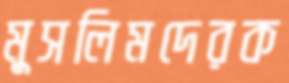
মুসলিমদেরক